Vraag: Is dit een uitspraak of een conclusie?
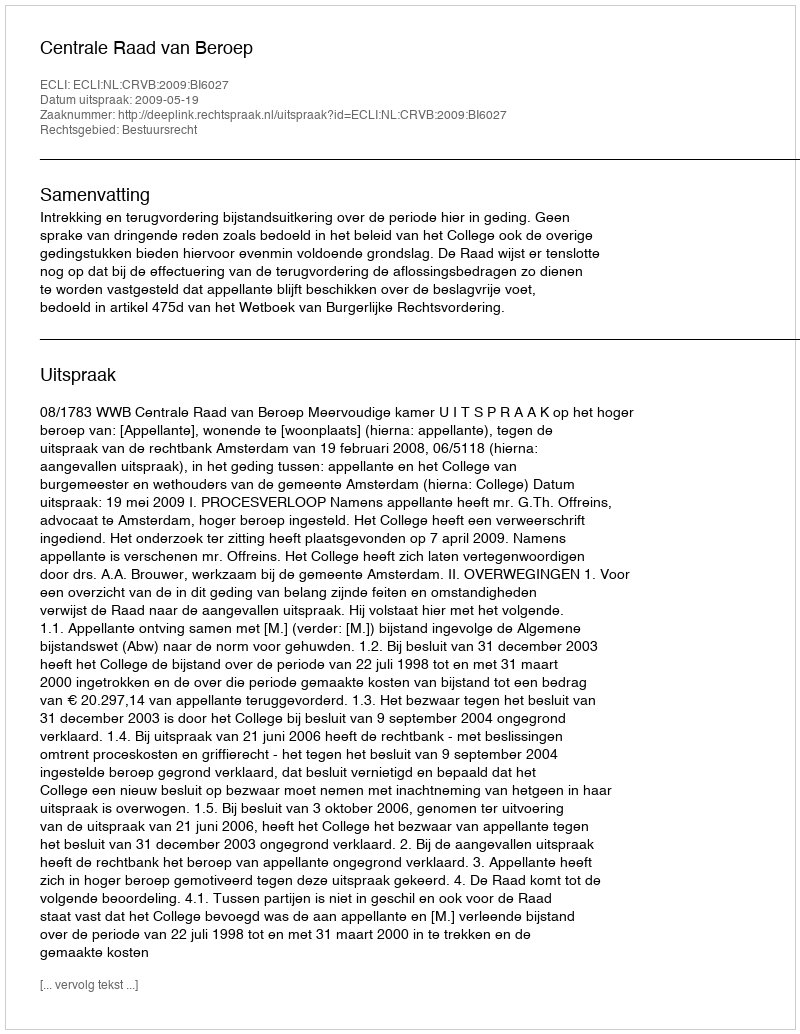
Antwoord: Uitspraak